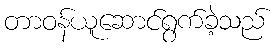
တာဝန်ယူဆောင်ရွက်ခဲ့သည်